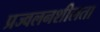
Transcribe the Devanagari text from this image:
प्रज्वलनशीलता